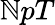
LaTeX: \mathbb{N}pT